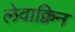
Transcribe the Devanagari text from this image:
लेवाक्विन